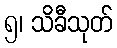
၅၊ သိခီသုတ်